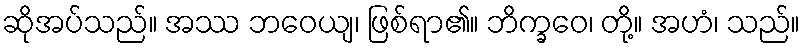
ဆိုအပ်သည်။ အဿ ဘဝေယျ၊ ဖြစ်ရာ၏။ ဘိက္ခဝေ၊ တို့။ အဟံ၊ သည်။